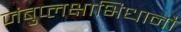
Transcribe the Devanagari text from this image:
जंबुप्लक्षाभिधानौ